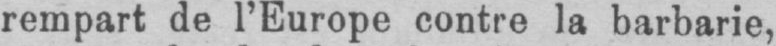
rempart de l’Europe contre la barbarie,